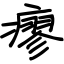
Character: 瘳